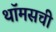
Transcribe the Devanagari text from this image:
थॉमसची